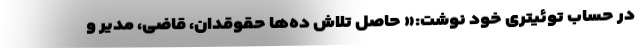
در حساب توئیتری خود نوشت:« حاصل تلاش ده‌ها حقوقدان، قاضی، مدیر و